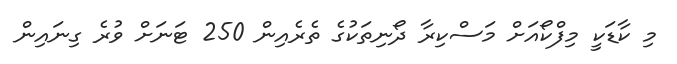
މި ކާޑަކީ މިފްކޯއަށް މަސްކިރާ ދޯނިތަކުގެ ތެރެއިން 250 ޓަނަށް ވުރެ ގިނައިން